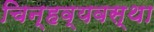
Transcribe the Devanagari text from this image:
चिन्हव्यवस्था